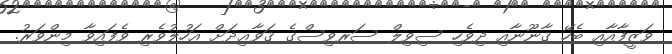
ވަޒީފާއާއި ބެހޭ ޤާނޫނާއި ދިވެހި ސިވިލް ސަރވިސްގެ ޤަވާޢިދަށް އަހުލުވެރި ވެފައިވާ މިންވަރު.